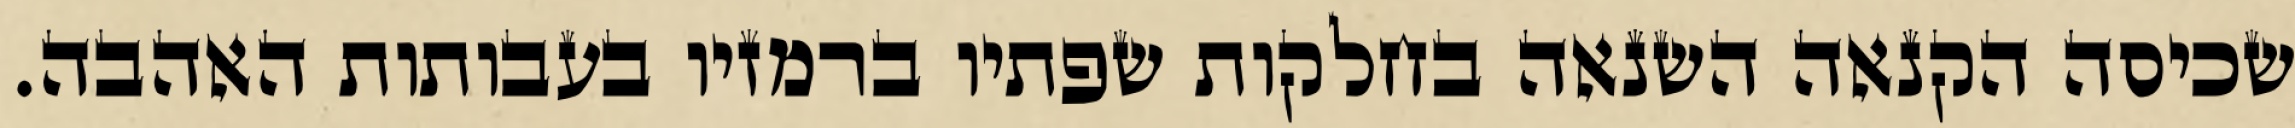
שכיסה הקנאה השנאה בחלקות שפתיו ברמזיו בעבותות האהבה.